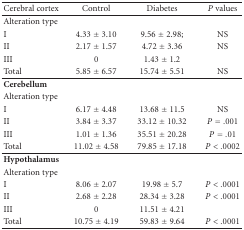
| Cerebral cortex | Control | Diabetes | P values |
 | --- | --- | --- | --- |
 | Alteration type |  |  |  |
 | I | 4.33 ± 3.10 | 9.56 ± 2.98; | NS |
 | II | 2.17 ± 1.57 | 4.72 ± 3.36 | NS |
 | III | 0 | 1.43 ± 1.2 |  |
 | Total | 5.85 ± 6.57 | 15.74 ± 5.51 | NS |
 | Cerebellum |  |  |  |
 | Alteration type |  |  |  |
 | I | 6.17 ± 4.48 | 13.68 ± 11.5 | NS |
 | II | 3.84 ± 3.37 | 33.12 ± 10.32 | P = .001 |
 | III | 1.01 ± 1.36 | 35.51 ± 20.28 | P = .01 |
 | Total | 11.02 ± 4.58 | 79.85 ± 17.18 | P < .0002 |
 | Hypothalamus |  |  |  |
 | Alteration type |  |  |  |
 | I | 8.06 ± 2.07 | 19.98 ± 5.7 | P < .0001 |
 | II | 2.68 ± 2.28 | 28.34 ± 3.28 | P < .0001 |
 | III | 0 | 11.51 ± 4.21 |  |
 | Total | 10.75 ± 4.19 | 59.83 ± 9.64 | P < .0001 |